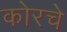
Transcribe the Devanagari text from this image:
कोरचे